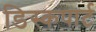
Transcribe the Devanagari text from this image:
डिस्कपार्ट